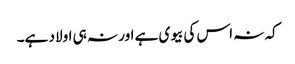
کہ نہ اس کی بیوی ہے اور نہ ہی اولاد ہے۔